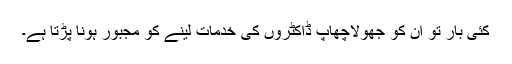
کئی بار تو اُن کو جھولاچھاپ ڈاکٹروں کی خدمات لینے کو مجبور ہونا پڑتا ہے۔